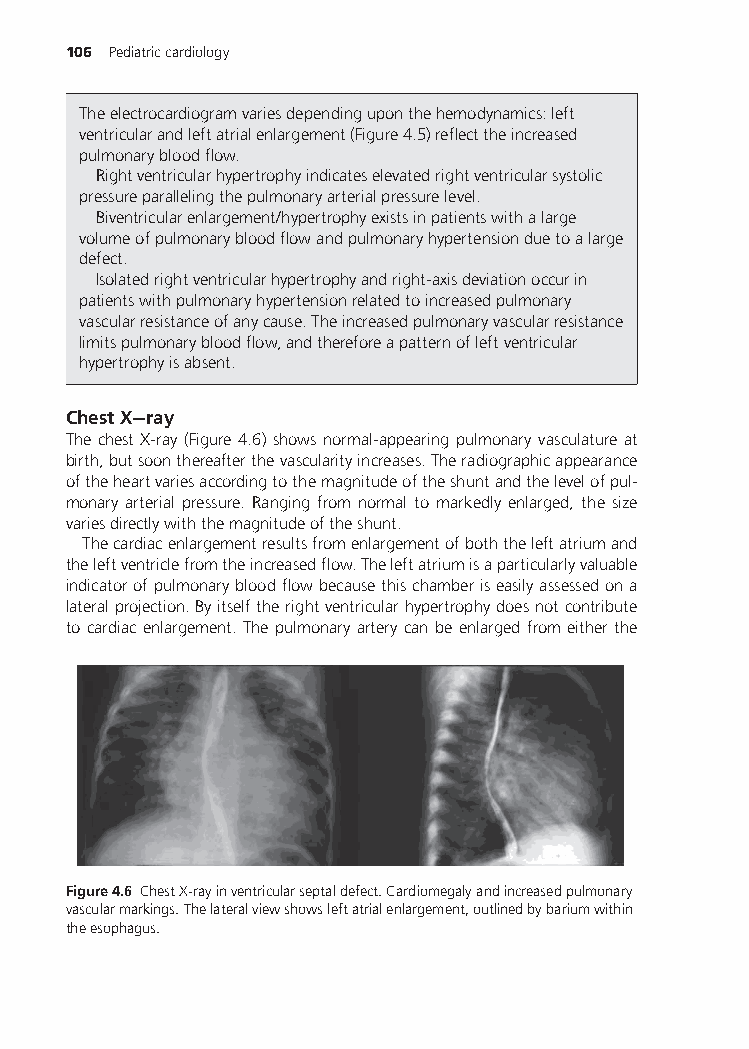
106 Pediatriccardiology
 Theelectrocardiogramvariesdependinguponthehemodynamics:left
 ventricularandleftatrialenlargement(Figure4.5)reflecttheincreased
 pulmonarybloodflow.
 Rightventricularhypertrophyindicateselevatedrightventricularsystolic
 pressureparallelingthepulmonaryarterialpressurelevel.
 Biventricularenlargement/hypertrophyexistsinpatientswithalarge
 volumeofpulmonarybloodflowandpulmonaryhypertensionduetoalarge
 defect.
 Isolatedrightventricularhypertrophyandright-axisdeviationoccurin
 patientswithpulmonaryhypertensionrelatedtoincreasedpulmonary
 vascularresistanceofanycause.Theincreasedpulmonaryvascularresistance
 limitspulmonarybloodflow,andthereforeapatternofleftventricular
 hypertrophyisabsent.
 ChestX−ray
 The chest X-ray (Figure 4.6) shows normal-appearing pulmonary vasculature at
 birth,butsoonthereafterthevascularityincreases.Theradiographicappearance
 oftheheartvariesaccordingtothemagnitudeoftheshuntandthelevelofpul-
 monary arterial pressure. Ranging from normal to markedly enlarged, the size
 variesdirectlywiththemagnitudeoftheshunt.
 Thecardiacenlargementresultsfromenlargementofboththeleftatriumand
 theleftventriclefromtheincreasedflow.Theleftatriumisaparticularlyvaluable
 indicatorofpulmonarybloodflowbecausethischamberiseasilyassessedona
 lateralprojection.Byitselftherightventricularhypertrophydoesnotcontribute
 to cardiac enlargement. The pulmonary artery can be enlarged from either the
 Figure4.6 ChestX-rayinventricularseptaldefect.Cardiomegalyandincreasedpulmonary
 vascularmarkings.Thelateralviewshowsleftatrialenlargement,outlinedbybariumwithin
 theesophagus.